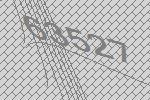
63527